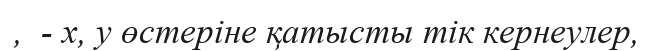
,  - x, y өстеріне қатысты тік кернеулер,